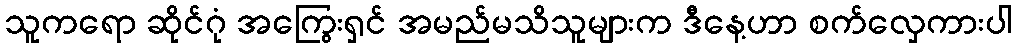
သူကရော ဆိုင်ဂုံ အကြွေးရှင် အမည်မသိသူများက ဒီနေ့ဟာ စက်လှေကားပါ